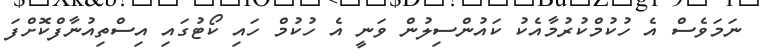
ނަމަވެސް އެ ހުކުމްކުރުމާއެކު ކައުންސިލުން ވަނީ އެ ހުކުމް ހައި ކޯޓުގައި އިސްތިއުނާފްކޮށްފަ